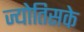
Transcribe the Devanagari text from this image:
ज्योतिसके